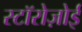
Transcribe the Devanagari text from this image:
स्टॉरोज़ोई